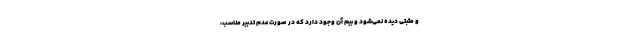
و مثبتی دیده نمی‌شود و بیم آن وجود دارد که در صورت عدم تدبیر مناسب،